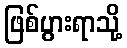
ဖြစ်ပွားရာသို့